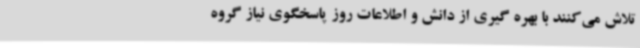
تلاش می‌کنند با بهره گیری از دانش و اطلاعات روز پاسخگوی نیاز گروه